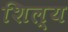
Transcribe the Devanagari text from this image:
शिल्य